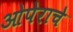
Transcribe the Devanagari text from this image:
ओपेराचे